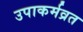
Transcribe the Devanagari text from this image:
उपाकर्मव्रत